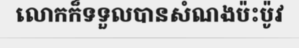
លោកក៏ទទួលបានសំណងប៉ះប៉ូវ